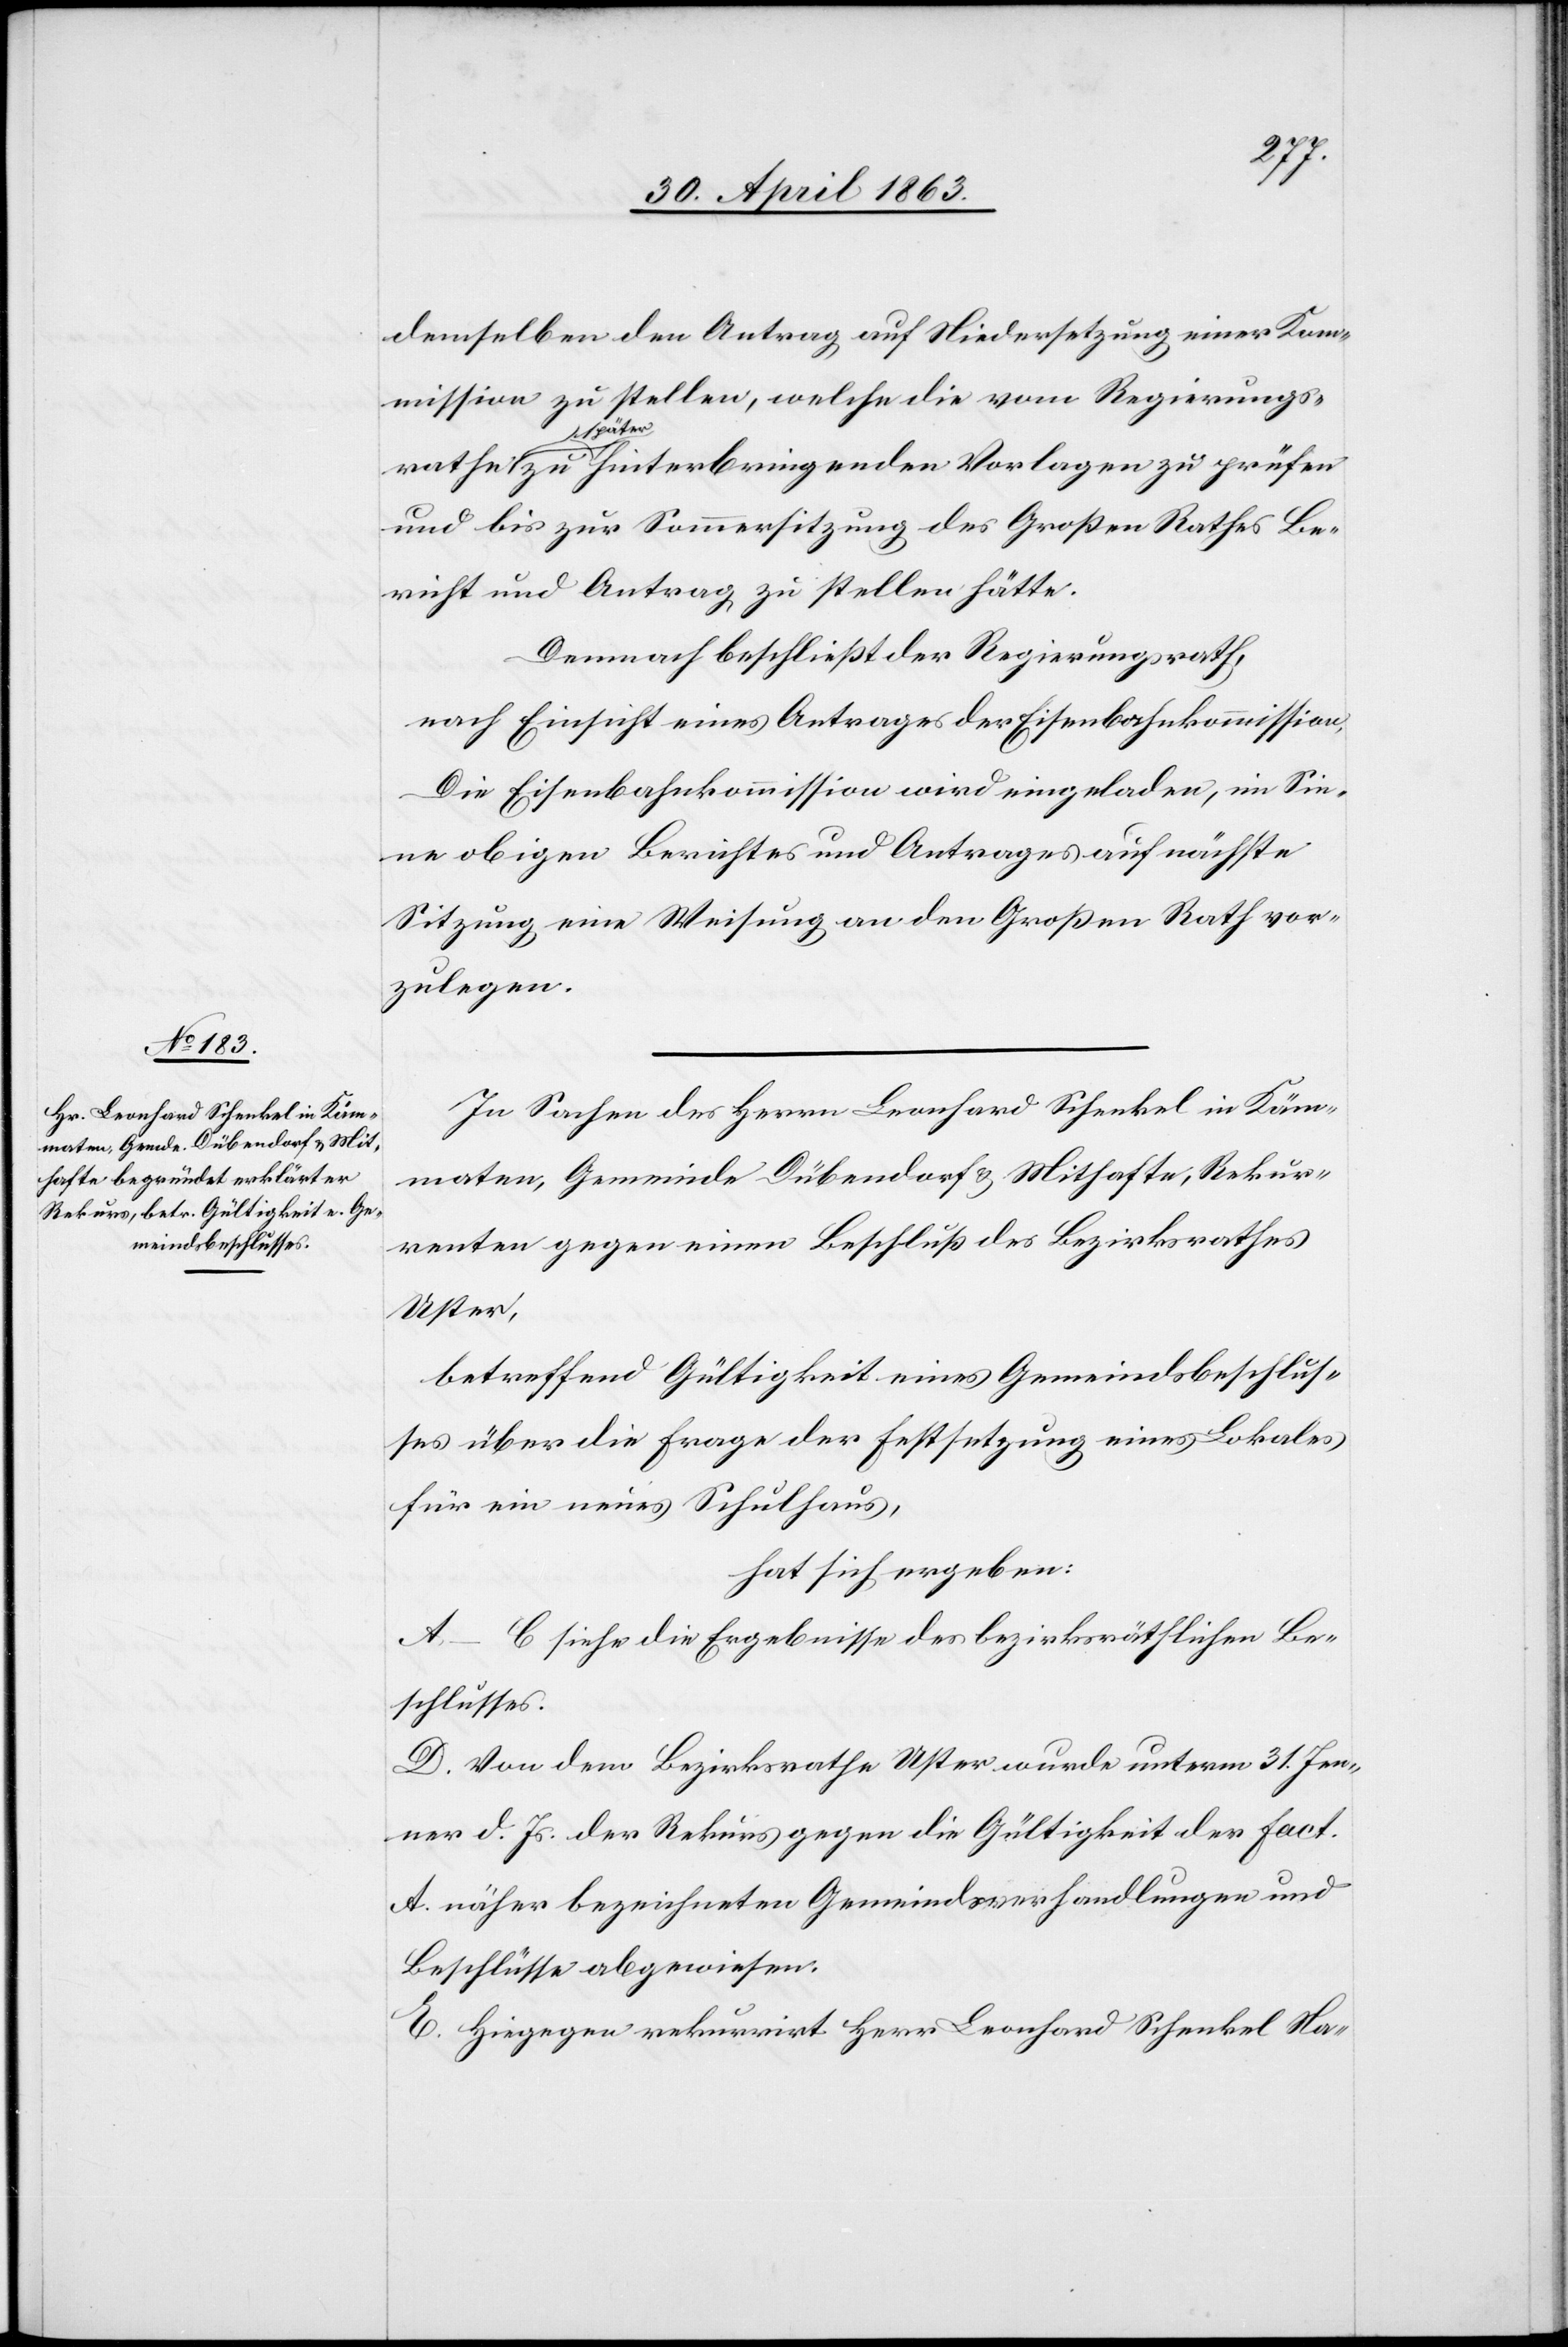
demselben den Antrag auf Niedersetzung einer Kom¬
mission zu stellen, welche die vom Regierungs¬
a-späte¬
r-a zu hinterbringenden Vorlagen zu prüfen
und bis zur Sommersitzung des Großen Rathes Be¬
richt und Antrag zu stellen hätte.
Demnach beschließt der Regierungsrath,
nach Einsicht eines Antrages der Eisenbahnkommission,
Die Eisenbahnkommission wird eingeladen, im Sin¬
ne obigen Berichtes und Antrages auf nächste
Sitzung eine Weisung an den Großen Rath vor¬
zulegen.
In Sachen des Herrn Leonhard Schenkel in Käm¬
maten, Gemeinde Dübendorf & Mithafte, Rekur¬
renten gegen einen Beschluß des Bezirksrathes
Uster,
betreffend Gültigkeit eines Gemeindsbeschlus¬
ses über die Frage der Festsetzung eines Lokales
für ein neues Schulhaus,
hat sich ergeben:
A–C siehe die Ergebnisse des bezirksräthlichen Be¬
schlusses.
D. Von dem Bezirksrathe Uster wurde unterm 31. Jen¬
ner d. Js. der Rekurs gegen die Gültigkeit der Fact.
A. näher bezeichneten Gemeindsverhandlungen und
Beschlüsse abgewiesen.
E. Hiegegen rekurrirt Herr Leonhard Schenkel Na-